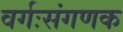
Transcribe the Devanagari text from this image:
वर्गःसंगणक